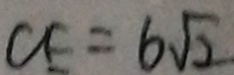
a = 6 \sqrt { 2 }